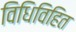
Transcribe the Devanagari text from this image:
विधिविहित